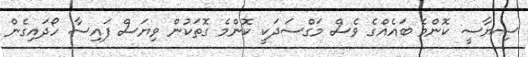
ސިޔާސީ ކޮންމެ ބައެއްގެ ވެސް މަގްސަދަކީ ކޮންމެ ގޮތަކުން ވިޔަސް ފައިސާ ހޯދައިގެން